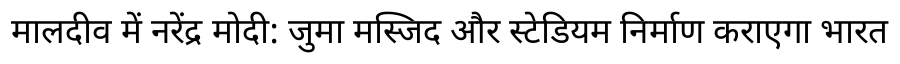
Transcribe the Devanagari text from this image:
मालदीव में नरेंद्र मोदी: जुमा मस्जिद और स्टेडियम निर्माण कराएगा भारत